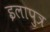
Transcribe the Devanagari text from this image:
इलापुत्र